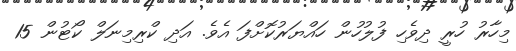
މިހާރު ހުރީ ދިވެހި ފުލުހުން ހައްޔަރުކޮށްފަ އެވެ. އަދި ކްރިމިނަލް ކޯޓުން 15